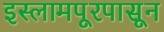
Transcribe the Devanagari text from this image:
इस्लामपूरपासून